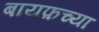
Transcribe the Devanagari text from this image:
बायफ़च्या